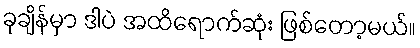
ခုချိန်မှာ ဒါပဲ အထိရောက်ဆုံး ဖြစ်တော့မယ်။